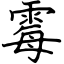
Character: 霉